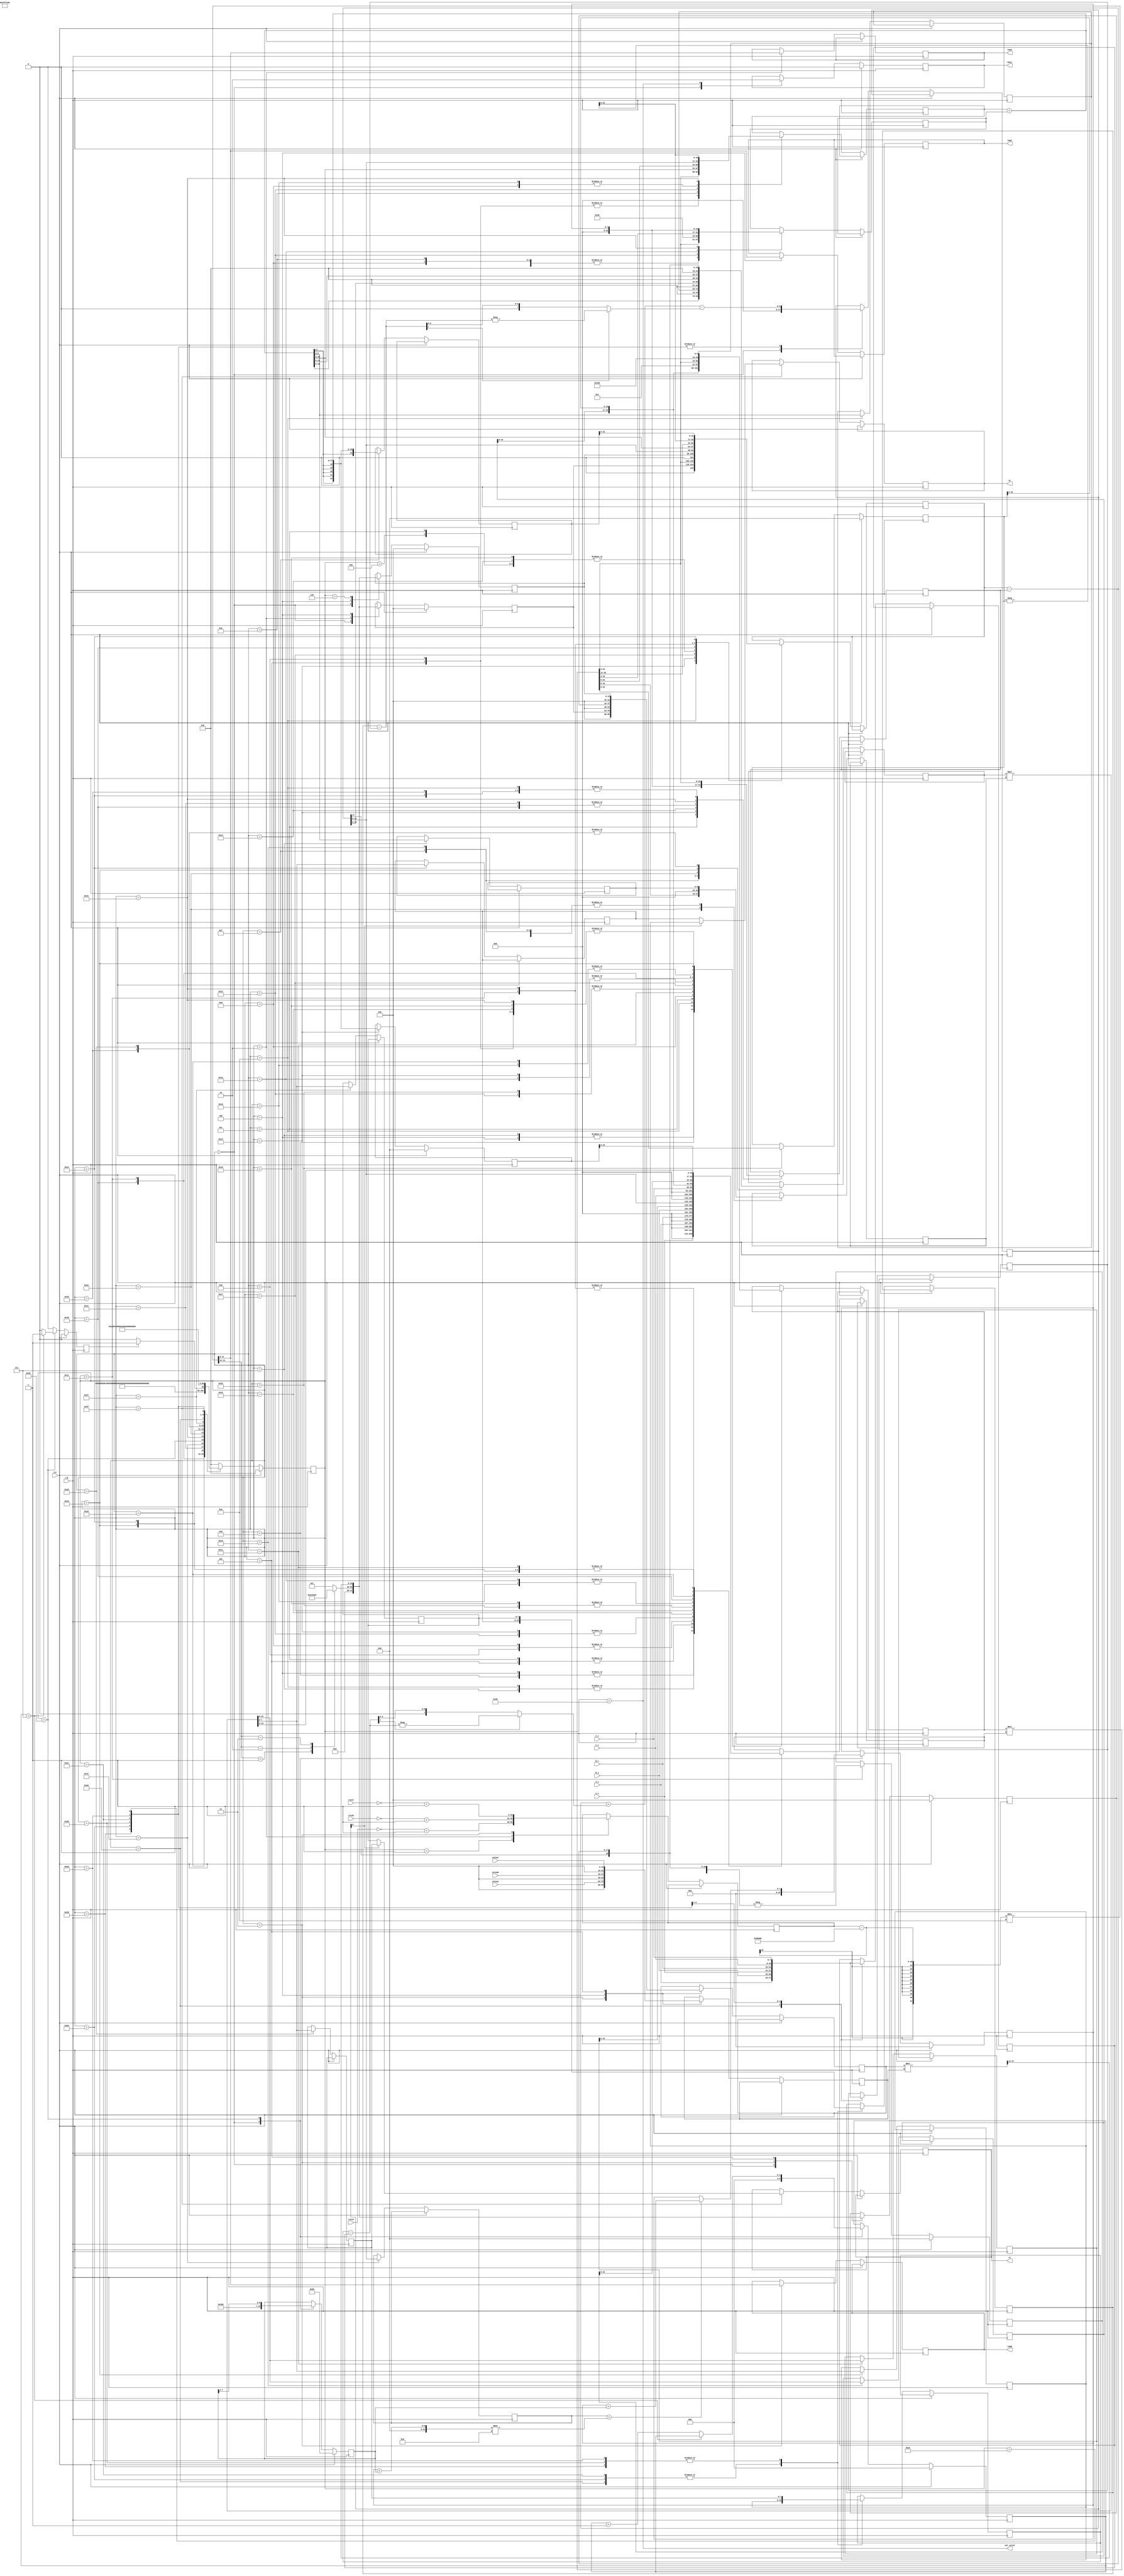
module RFILE(clk, rst, A_x, A_y, B_x, B_y, C_x, C_y, rssiA, rssiB, rssiC, valueA, valueB, valueC, expA, expB, expC, busy, out_valid, xt, yt);
input           clk;
input           rst;
input  [7:0]    A_x;
input  [7:0]    A_y; 
input  [7:0]    B_x; 
input  [7:0]    B_y; 
input  [7:0]    C_x; 
input  [7:0]    C_y;
input  [19:0]   rssiA;
input  [19:0]   rssiB;
input  [19:0]   rssiC;
input  [15:0]   valueA;
input  [15:0]   valueB;
input  [15:0]   valueC;
output [11:0]   expA;
output [11:0]   expB;
output [11:0]   expC;
output          busy;
output          out_valid;
output [7:0]    xt;
output [7:0]    yt;

parameter READY       = 6'b00000_0;
parameter COUNTDIST_A = 6'b00000_1;
parameter COUNTDIST_B = 6'b00001_0;
parameter COUNTDIST_C = 6'b00001_1;
parameter COUNT_XAB_1 = 6'b00010_0;
parameter COUNT_XAB_2 = 6'b00010_1;
parameter COUNT_XAB   = 6'b00011_0;
parameter COUNT_YAB_1 = 6'b00011_1;
parameter COUNT_YAB_2 = 6'b00100_0;
parameter COUNT_YAB   = 6'b00100_1;
parameter COUNT_TAB_1 = 6'b00101_0;
parameter COUNT_TAB_2 = 6'b00101_1;
parameter COUNT_TAB_3 = 6'b00110_0;
parameter COUNT_TAB_4 = 6'b00110_1;
parameter COUNT_TAB_5 = 6'b00111_0;
parameter COUNT_TXAB  = 6'b00111_1;
parameter COUNT_YXAB  = 6'b01000_0;
parameter PREPARE_A_1 = 6'b01000_1;
parameter PREPARE_A_2 = 6'b01001_0;
parameter PREPARE_B_1 = 6'b01001_1;
parameter PREPARE_B_2 = 6'b01010_0;
parameter PREPARE_B_3 = 6'b01010_1;
parameter PREPARE_C_1 = 6'b01011_0;
parameter PREPARE_C_2 = 6'b01011_1;
parameter PREPARE_C_3 = 6'b01100_0;
parameter PREPARE_C_4 = 6'b01100_1;
parameter PREPARE_C_5 = 6'b01101_0;
parameter PREPARE_C_6 = 6'b01101_1;
parameter PREPARE_C   = 6'b01110_0;
parameter SQUARE_1    = 6'b01110_1;
parameter SQUARE_2    = 6'b01111_0;
parameter SQUARE_3    = 6'b01111_1;
parameter SQUARE      = 6'b10000_0;
parameter COUNT_Yt_1  = 6'b10000_1;
parameter COUNT_Yt    = 6'b10001_0;
parameter COUNT_Xt_1  = 6'b10001_1;
parameter COUNT_Xt_2  = 6'b10010_0;
parameter COUNT_Xt_3  = 6'b10010_1;
parameter COUNT_Xt_4  = 6'b10011_0;
parameter COUNT_Xt_5  = 6'b10011_1;
parameter CHOOSE_POINT_1 = 6'b101000;
parameter CHOOSE_POINT_2 = 6'b101001;
parameter CHOOSE_POINT_3 = 6'b101010;
parameter CHOOSE_POINT_4 = 6'b101011;
parameter CHOOSE_POINT_5 = 6'b101100;
parameter CHOOSE_POINT_6 = 6'b101101;
parameter CHOOSE_POINT_7 = 6'b101110;
parameter CHOOSE_POINT_8 = 6'b101111;

parameter RETURN      = 6'b110000;//48
                      
wire [19:0] fifnine;
reg [11:0] expA_, expB_, expC_;
wire [19:0] rssiA_comp, rssiB_comp, rssiC_comp;
reg [19:0] value_comp;
reg [9:0] Xab, Yab;
reg [23:0]  TAB, TXAB, YXAB;
reg [22:0] a,b,c;
reg signed [18:0] div2x_0, div2x_1;
reg signed [16:0] multi2x_1, multi2x_0, adder2x_0, adder2x_1, minus2x_0, minus2x_1, compare_square_0;
reg [22:0] square_inside;
reg [7:0] Yt_1, Yt_2, Xt_1, Xt_2;
reg [7:0] Xt, Yt;
reg [5:0] state, nextState;
reg [7:0] origin_square_compare, square_value;
reg [2:0] square_count;
wire [13:0] expValue;
reg [31:0] multi_shift2x_0, multi_shift2x_1, YXAB_square; // for the sake of shifting
reg [15:0] VA, VB, VC, exp_10;
reg finishSquare, finishReady, busy_;
assign rssiA_comp = ~rssiA + 1;
assign rssiB_comp = ~rssiB + 1;
assign rssiC_comp = ~rssiC + 1;
assign fifnine = 20'b0011_1011_0000_0000_0000;//59
reg [7:0] distance1_1, distance1_2, distance2_1, distance2_2, abs_distance1,abs_distance2;
wire [7:0] distance1, distance2;
reg [8:0] distance;
assign distance1 = distance1_1 - distance1_2;
assign distance2 = distance2_1 - distance2_2;


/*
assign t1 = (Yt_1 - A_y)**2 ;
assign t2 = (Xt_1 - A_x)**2;
assign t3 = (Yt_1 - B_y)**2;
assign t4 = (Xt_1 - B_x)**2;
assign t5 = (Yt_1 - C_y)**2;
assign t6 = (Xt_1 - C_x)**2;
assign t0 = t1 + t2 + t3 + t4 + t5 + t6;
assign m1 = (Yt_2 - A_y)**2;
assign m2 = (Xt_2 - A_x)**2;
assign m3 = (Yt_2 - B_y)**2;
assign m4 = (Xt_2 - B_x)**2;
assign m5 = (Yt_2 - C_y)**2;
assign m6 = (Xt_2 - C_x)**2;
assign m0 = m1 + m2 + m3 + m4 + m5 + m6;*/

wire [11:0] expA, expB, expC;

wire [31:0] minus2x, adder2x, multi2x, div2x;
wire [31:0] compare_square_1;
wire [15:0] multi_shift2x;
wire compare_square;

//d = 10 ^ ((abs(RSSI) - alpha) / (10 * n))
assign expA = expA_;
assign expB = expB_;
assign expC = expC_;
assign expValue = ((value_comp - fifnine) / (10));
assign multi2x = multi2x_0 * multi2x_1;
assign div2x = div2x_0 / div2x_1;
assign adder2x = adder2x_0 + adder2x_1;
assign minus2x = minus2x_0 - minus2x_1;

assign multi_shift2x = (multi_shift2x_0 * multi_shift2x_1) >> 12; //(multi_shift2x_0 * multi_shift2x_1) >> 12
assign compare_square = compare_square_0 > compare_square_1;
assign compare_square_1 = (square_value + origin_square_compare) ** 2;
assign xt = Xt ;
assign yt = Yt ;

assign busy = busy_;
assign out_valid = (state == RETURN);

always@(distance1, distance2)begin
	abs_distance1 = (distance1[7] == 1) ? -distance1 : distance1;
	abs_distance2 = (distance2[7] == 1) ? -distance2 : distance2;
end
always@(state, finishSquare, finishReady)begin
	case(state)     
		READY:       nextState = COUNTDIST_A;                      
		COUNTDIST_A: nextState = COUNTDIST_B; 
		COUNTDIST_B: nextState = COUNTDIST_C;
		COUNTDIST_C: nextState = COUNT_XAB_1;
		COUNT_XAB_1: nextState = COUNT_XAB_2;
		COUNT_XAB_2: nextState = COUNT_XAB;
		COUNT_XAB:   nextState = COUNT_YAB_1;
		COUNT_YAB_1:  nextState = COUNT_YAB_2;
		COUNT_YAB_2:  nextState = COUNT_YAB;  
		COUNT_YAB:    nextState = COUNT_TAB_1;
		COUNT_TAB_1:  nextState = COUNT_TAB_2;
		COUNT_TAB_2:  nextState = COUNT_TAB_3;
		COUNT_TAB_3:  nextState = COUNT_TAB_4;
		COUNT_TAB_4:  nextState = COUNT_TAB_5;
		COUNT_TAB_5:  nextState = COUNT_TXAB; 
		COUNT_TXAB:   nextState = COUNT_YXAB; 
		COUNT_YXAB:   nextState = PREPARE_A_1;
		PREPARE_A_1:  nextState = PREPARE_A_2;
		PREPARE_A_2:  nextState = PREPARE_B_1;
		PREPARE_B_1:  nextState = PREPARE_B_2;
		PREPARE_B_2:  nextState = PREPARE_B_3;
		PREPARE_B_3:  nextState = PREPARE_C_1;
		PREPARE_C_1:  nextState = PREPARE_C_2;
		PREPARE_C_2:  nextState = PREPARE_C_3;
		PREPARE_C_3:  nextState = PREPARE_C_4;
		PREPARE_C_4:  nextState = PREPARE_C_5; 
		PREPARE_C_5:  nextState = PREPARE_C_6;
		PREPARE_C_6:  nextState = PREPARE_C;
		PREPARE_C:    nextState = SQUARE_1;   
		SQUARE_1:     nextState = SQUARE_2;   
		SQUARE_2:     nextState = SQUARE_3; 
		SQUARE_3:     nextState = SQUARE;
		SQUARE:begin
					  if(finishSquare)
						nextState = COUNT_Yt_1;
					  else
						nextState = SQUARE;
		end 
		COUNT_Yt_1:   nextState = COUNT_Yt;   
		COUNT_Yt:     nextState = COUNT_Xt_1;
		COUNT_Xt_1:   nextState = COUNT_Xt_2; 
		COUNT_Xt_2:   nextState = COUNT_Xt_3;
		COUNT_Xt_3:   nextState = COUNT_Xt_4;
		COUNT_Xt_4:   nextState = COUNT_Xt_5;
		COUNT_Xt_5:   nextState = CHOOSE_POINT_1;
		CHOOSE_POINT_1: nextState = CHOOSE_POINT_2;
		CHOOSE_POINT_2: nextState = CHOOSE_POINT_3;
		CHOOSE_POINT_3: nextState = CHOOSE_POINT_4;
		CHOOSE_POINT_4: nextState = CHOOSE_POINT_5;
		CHOOSE_POINT_5: nextState = CHOOSE_POINT_6;
		CHOOSE_POINT_6: nextState = CHOOSE_POINT_7;
		CHOOSE_POINT_7: nextState = CHOOSE_POINT_8;
		CHOOSE_POINT_8: nextState = RETURN;
		
		RETURN:       nextState = READY;
		default:	  nextState = 0;
	endcase
end

always@(posedge clk)begin
	if(rst)
		state <= 0;
	else
		state <= nextState;
end

always@(expValue[13:12])begin
	case(expValue[13:12])
		1: exp_10 = 10;
		2: exp_10 = 100;
		3: exp_10 = 1000;
		default: exp_10 = 1;
	endcase
end
always@(posedge clk)begin
	finishReady <= 0;
	finishSquare <= 0;
	if(rst)begin
		a <= 0;
		b <= 0;
		c <= 0;
		VA <= 20'b0;
		VB <= 20'b0;
		VC <= 20'b0;
		origin_square_compare <= 8'b10000000;
		square_count <= 0;
		square_value <= 8'b00000000;
		busy_ <= 0;
	end
	else
		case(state)
			READY:begin
				finishReady <= 1;
				busy_ <= 1;
				square_count <= 0;
				origin_square_compare <= 8'b10000000;
				square_value <= 8'b00000000;
				VA <= 0;
				VB <= 0;
				VC <= 0;
				distance <= 0;
			end
			COUNTDIST_A:begin //1
				
				value_comp <= rssiA_comp;
			end
			COUNTDIST_B:begin //2
				value_comp <= rssiB_comp;
				expA_ <= expValue[11:0];
				VA <= exp_10; 
				
			end
			COUNTDIST_C:begin //3
				value_comp <= rssiC_comp;
				
				multi_shift2x_0 <= VA;//VA <= (VA * valueA) >> 12;
				multi_shift2x_1 <= valueA;
				expB_ <= expValue[11:0];
				VB <= exp_10;
			end
			COUNT_XAB_1:begin // 4
			
				VA <= multi_shift2x;
				multi_shift2x_0 <= VB;
				multi_shift2x_1 <= valueB; //VB <= (valueB * VB) >> 12;
				VC <= exp_10;
				expC_ <= expValue[11:0];
				multi2x_0 <= -2;
				multi2x_1 <= A_x;
			end
			COUNT_XAB_2:begin //5
				VB <= multi_shift2x;
				multi_shift2x_0 <= VC;
				multi_shift2x_1 <= valueC; //VC <= ((valueC * VC) >> 12);
				adder2x_0 <= multi2x;
				multi2x_0 <= 2;
				multi2x_1 <= B_x;
			end
			COUNT_XAB:begin //6
				VC <= multi_shift2x;
				adder2x_1 <= multi2x;
			end
			COUNT_YAB_1:begin // 7
				Xab <= adder2x;
				multi2x_0 <= -2;
				multi2x_1 <= A_y;
			end
			COUNT_YAB_2:begin //8
				adder2x_0 <= multi2x;
				multi2x_0 <= 2;
				multi2x_1 <= B_y;
			end
			COUNT_YAB:begin // 9
				adder2x_1 <= multi2x;
				multi2x_0 <= A_x;
				multi2x_1 <= A_x;
			end
			COUNT_TAB_1:begin //10
				Yab <= adder2x;
				minus2x_0 <= VA;//*VA;
				minus2x_1 <= multi2x;
				multi2x_0 <= A_y;
				multi2x_1 <= A_y;
			end
			COUNT_TAB_2:begin //11
				minus2x_0 <= minus2x;
				minus2x_1 <= multi2x;
			end
			COUNT_TAB_3:begin //12
				minus2x_0 <= minus2x;
				minus2x_1 <= VB;//*VB;
				multi2x_0 <= B_x;
				multi2x_1 <= B_x;
			end
			COUNT_TAB_4:begin //13
				adder2x_0 <= minus2x;
				adder2x_1 <= multi2x; 
				multi2x_0 <= B_y;
				multi2x_1 <= B_y;
			end
			COUNT_TAB_5:begin //14
				adder2x_0 <= adder2x;
				adder2x_1 <= multi2x; 
			end
			COUNT_TXAB:begin //15
				TAB <= adder2x;
				div2x_0 <= adder2x << 3;
				div2x_1 <= Xab;
			end
			COUNT_YXAB:begin //16 //let YXAB 10 bit integer 6 bit float
				TXAB <= div2x;
				//adder2x_1 <= 1;
				div2x_0 <= Yab << 6; 
				div2x_1 <= Xab;
				
			end
			PREPARE_A_1:begin//17
				YXAB <= div2x;
				multi2x_0 <= div2x;
				multi2x_1 <= div2x;
			end
			PREPARE_A_2:begin//18
				adder2x_0 <= multi2x >> 6;
				YXAB_square <= multi2x >> 6;
				adder2x_1 <= 1 << 6;
				multi2x_0 <= C_x;
				multi2x_1 <= YXAB;
			end
			PREPARE_B_1:begin//19
				a <= adder2x ;
				multi2x_0 <= TXAB;
				multi2x_1 <= YXAB;
				minus2x_0 <= multi2x;
				minus2x_1 <= C_y << 6;
			end
			PREPARE_B_2:begin //20
				
				minus2x_0 <= minus2x;
				minus2x_1 <= multi2x >> 3;
				
				
			end
			PREPARE_B_3:begin//21
				multi2x_0 <= 2;
				multi2x_1 <= minus2x;
			end
			PREPARE_C_1:begin//22
				b <= multi2x;
				multi2x_0 <= C_x;
				multi2x_1 <= C_x;
			end
			PREPARE_C_2:begin//23
				
				minus2x_0 <= VC;// * VC;
				minus2x_1 <= multi2x;
				multi2x_0 <= C_y;
				multi2x_1 <= C_y;
			end
			PREPARE_C_3:begin //24
				minus2x_0 <= minus2x;
				minus2x_1 <= multi2x;
				multi2x_0 <= 2;
				multi2x_1 <= C_x;
			end
			PREPARE_C_4:begin //25
				adder2x_0 <= minus2x;
				multi2x_0 <= multi2x;
				multi2x_1 <= TXAB;

			end
			PREPARE_C_5:begin//26
				adder2x_1 <= multi2x >> 3;
				multi2x_0 <= TXAB;
				multi2x_1 <= TXAB;
			end
			PREPARE_C_6:begin//27
				minus2x_0 <= adder2x;
				minus2x_1 <= multi2x >> 6;
				multi2x_0 <= b;
				multi2x_1 <= b;
			end
			PREPARE_C:begin//28
				minus2x_0 <= multi2x >> 12;
				c <= -minus2x;
				multi2x_0 <= 4;
				multi2x_1 <= a;
			end
			SQUARE_1:begin//29
				multi2x_0 <= multi2x;
				multi2x_1 <= c;
				
			end
			SQUARE_2:begin //square(b^2 - 4ac) //30
				minus2x_1 <= multi2x >> 6;
				
				//compare_square_1 <= minus2x;
			end
			SQUARE_3:begin//31
				square_inside <= minus2x;
				compare_square_0 <= minus2x ;
			end
			SQUARE:begin //32
				if(compare_square == 1)begin
					square_value <= square_value + origin_square_compare;
				end
				else begin
					square_value <= square_value;
				end
				origin_square_compare <= origin_square_compare >> 1;
				if(square_count == 7)
					finishSquare <= 1;
				else
					square_count <= square_count + 1;
				
			end
			COUNT_Yt_1:begin//33
				
				adder2x_0 <= (-b >> 6);
				adder2x_1 <= square_value;
				minus2x_0 <= (-b >> 6);
				minus2x_1 <= square_value;
				multi2x_0 <= 2;
				multi2x_1 <= a;
				
			end
			COUNT_Yt:begin//34
				div2x_0 <= minus2x << 6;
				div2x_1 <= multi2x;
			end
			COUNT_Xt_1:begin//35
				Yt_1 <= div2x;
				div2x_0 <= adder2x << 6;
				multi2x_0 <= Yab;
				multi2x_1 <= div2x;
				
			end
			COUNT_Xt_2:begin//36
				Yt_2 <= div2x;
				minus2x_0 <= TAB;
				minus2x_1 <= multi2x;
				multi2x_1 <= div2x;
			end
			COUNT_Xt_3:begin//37
				div2x_0 <= minus2x;
				div2x_1 <= Xab;
				minus2x_1 <= multi2x;
				
			end
			COUNT_Xt_4:begin//38
				div2x_0 <= minus2x;
				Xt_1 <= div2x;
				
			end
			COUNT_Xt_5:begin//39
				Xt_2 <= div2x;
			end
			CHOOSE_POINT_1:begin//40
				distance1_1 <= Yt_1;
				distance1_2 <= A_y;
				distance2_1 <= Yt_2;
				distance2_2 <= A_y;
				
			end
			CHOOSE_POINT_2:begin//41
				distance <= distance + abs_distance1 - abs_distance2;
				distance1_1 <= Xt_1;
				distance1_2 <= A_x;
				distance2_1 <= Xt_2;
				distance2_2 <= A_x;
			end
			CHOOSE_POINT_3:begin//42
				distance <= distance + abs_distance1 - abs_distance2;
				distance1_1 <= Yt_1;
				distance1_2 <= B_y;
				distance2_1 <= Yt_2;
				distance2_2 <= B_y;
			end
			CHOOSE_POINT_4:begin//43
				distance <= distance + abs_distance1 - abs_distance2;
				distance1_1 <= Xt_1;
				distance1_2 <= B_x;
				distance2_1 <= Xt_2;
				distance2_2 <= B_x;
			end
			CHOOSE_POINT_5:begin//44
				distance <= distance + abs_distance1 - abs_distance2;
				distance1_1 <= Yt_1;
				distance1_2 <= C_y;
				distance2_1 <= Yt_2;
				distance2_2 <= C_y;
			end
			CHOOSE_POINT_6:begin//45
				distance <= distance + abs_distance1 - abs_distance2;
				distance1_1 <= Xt_1;
				distance1_2 <= C_x;
				distance2_1 <= Xt_2;
				distance2_2 <= C_x;
			end
			CHOOSE_POINT_7:begin//46
				distance <= distance + abs_distance1 - abs_distance2;
				
				
			end
			CHOOSE_POINT_8:begin//47
				
				if(distance[8] == 0)begin //means Yt_2 min
					Yt <= Yt_2;
					Xt <= Xt_2;
				end
				else begin
					Yt <= Yt_1;
					Xt <= Xt_1;
				end
				
			end
			RETURN:begin//48
				
				busy_ <= 0;
			end
		endcase
end
endmodule